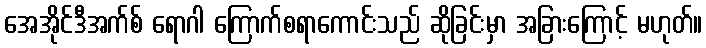
အေအိုင်ဒီအက်စ် ရောဂါ ကြောက်စရာကောင်းသည် ဆိုခြင်းမှာ အခြားကြောင့် မဟုတ်။